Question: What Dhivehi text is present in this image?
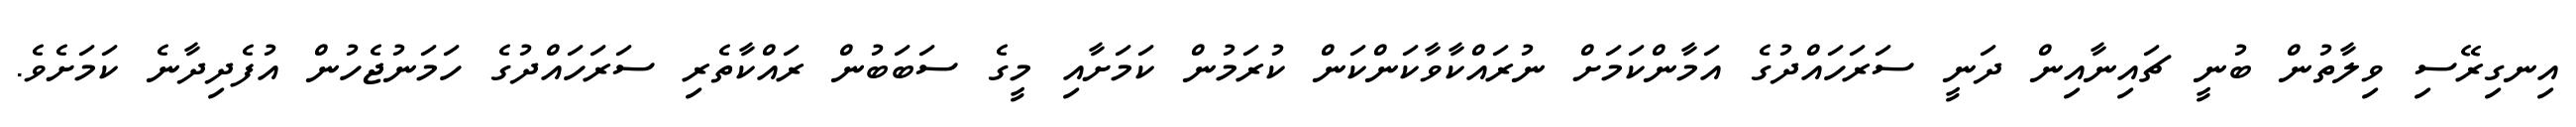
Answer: އިނގިރޭސި ވިލާތުން ބުނީ ޗައިނާއިން ދަނީ ސަރަހައްދުގެ އަމާންކަމަށް ނުރައްކާވާކަންކަން ކުރަމުން ކަމަށާއި މީގެ ސަބަބުން ރައްކާތެރި ސަރަހައްދުގެ ހަމަނުޖެހުން އުފެދިދާނެ ކަމަށެވެ.